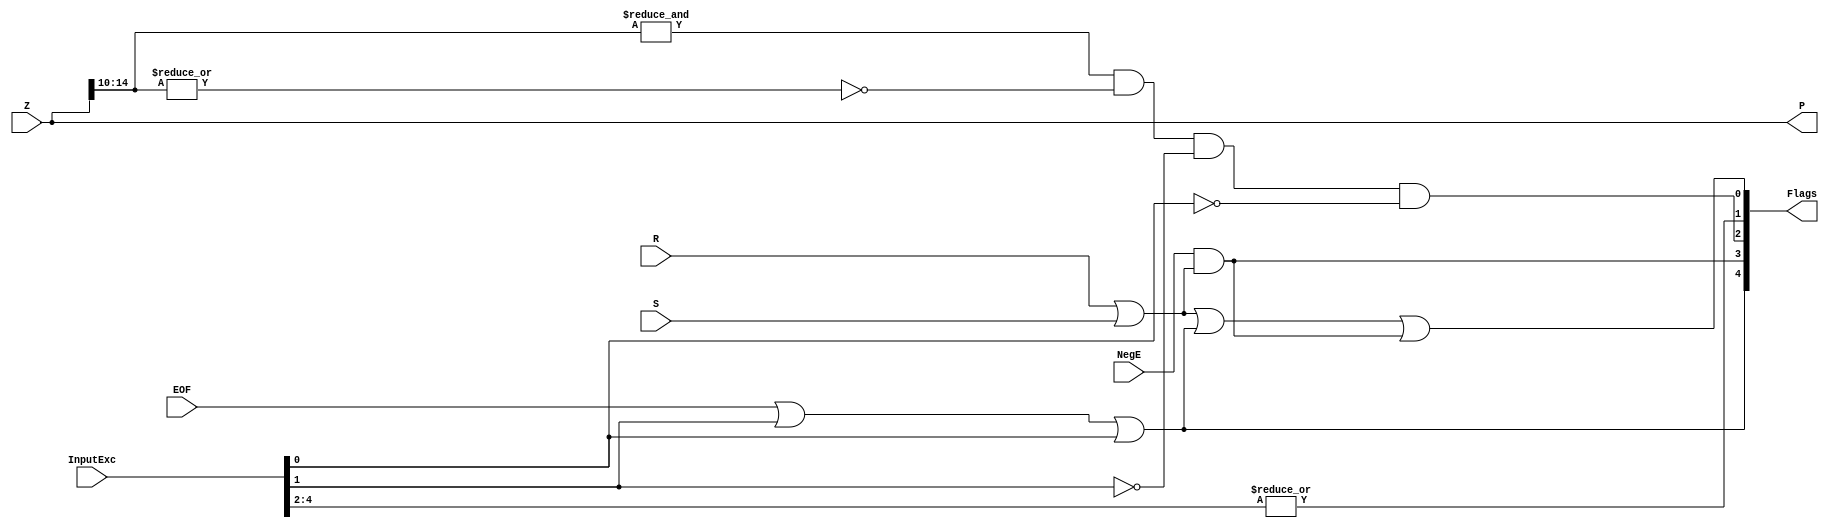
`define BFLOAT16 
`define VCS
`define EXPONENT 8
`define MANTISSA 7
`define EXPONENT 5
`define MANTISSA 10
`define SIGN 1
`define DWIDTH (`SIGN+`EXPONENT+`MANTISSA)
`define AWIDTH 10
`define MEM_SIZE 1024
`define DESIGN_SIZE 12
`define CU_SIZE 4
`define MASK_WIDTH 4
`define MEM_ACCESS_LATENCY 1
`define REG_DATAWIDTH 32
`define REG_ADDRWIDTH 8
`define ITERATIONS_WIDTH 32
`define REG_STDN_ADDR 32'h4
`define REG_MATRIX_A_ADDR 32'he
`define REG_MATRIX_B_ADDR 32'h12
`define REG_MATRIX_C_ADDR 32'h16
`define REG_VALID_MASK_A_ADDR 32'h20
`define REG_VALID_MASK_B_ADDR 32'h5c
`define REG_ITERATIONS_ADDR 32'h40
`define PE_PIPELINE_DEPTH 5
`define IDLE     2'b00
`define W_ENABLE  2'b01
`define R_ENABLE  2'b10

module FPAddSub_ExceptionModule(
		Z,
		NegE,
		R,
		S,
		InputExc,
		EOF,
		P,
		Flags
    );
	 
	// Input ports
	input [`DWIDTH-1:0] Z	;					// Final product
	input NegE ;						// Negative exponent?
	input R ;							// Round bit
	input S ;							// Sticky bit
	input [4:0] InputExc ;			// Exceptions in inputs A and B
	input EOF ;
	
	// Output ports
	output [`DWIDTH-1:0] P ;					// Final result
	output [4:0] Flags ;				// Exception flags
	
	// Internal signals
	wire Overflow ;					// Overflow flag
	wire Underflow ;					// Underflow flag
	wire DivideByZero ;				// Divide-by-Zero flag (always 0 in Add/Sub)
	wire Invalid ;						// Invalid inputs or result
	wire Inexact ;						// Result is inexact because of rounding
	
	// Exception flags
	
	// Result is too big to be represented
	assign Overflow = EOF | InputExc[1] | InputExc[0] ;
	
	// Result is too small to be represented
	assign Underflow = NegE & (R | S);
	
	// Infinite result computed exactly from finite operands
	assign DivideByZero = &(Z[`MANTISSA+`EXPONENT-1:`MANTISSA]) & ~|(Z[`MANTISSA+`EXPONENT-1:`MANTISSA]) & ~InputExc[1] & ~InputExc[0];
	
	// Invalid inputs or operation
	assign Invalid = |(InputExc[4:2]) ;
	
	// Inexact answer due to rounding, overflow or underflow
	assign Inexact = (R | S) | Overflow | Underflow;
	
	// Put pieces together to form final result
	assign P = Z ;
	
	// Collect exception flags	
	assign Flags = {Overflow, Underflow, DivideByZero, Invalid, Inexact} ; 	
	
endmodule